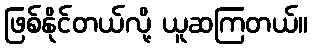
ဖြစ်နိုင်တယ်လို့ ယူဆကြတယ်။